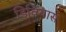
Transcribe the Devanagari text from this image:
डिवियास